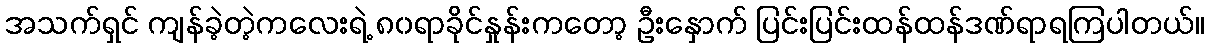
အသက်ရှင် ကျန်ခဲ့တဲ့ကလေးရဲ့ ၈၀ရာခိုင်နှုန်းကတော့ ဦးနှောက် ပြင်းပြင်းထန်ထန်ဒဏ်ရာရကြပါတယ်။